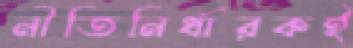
নীতিনির্ধারকই